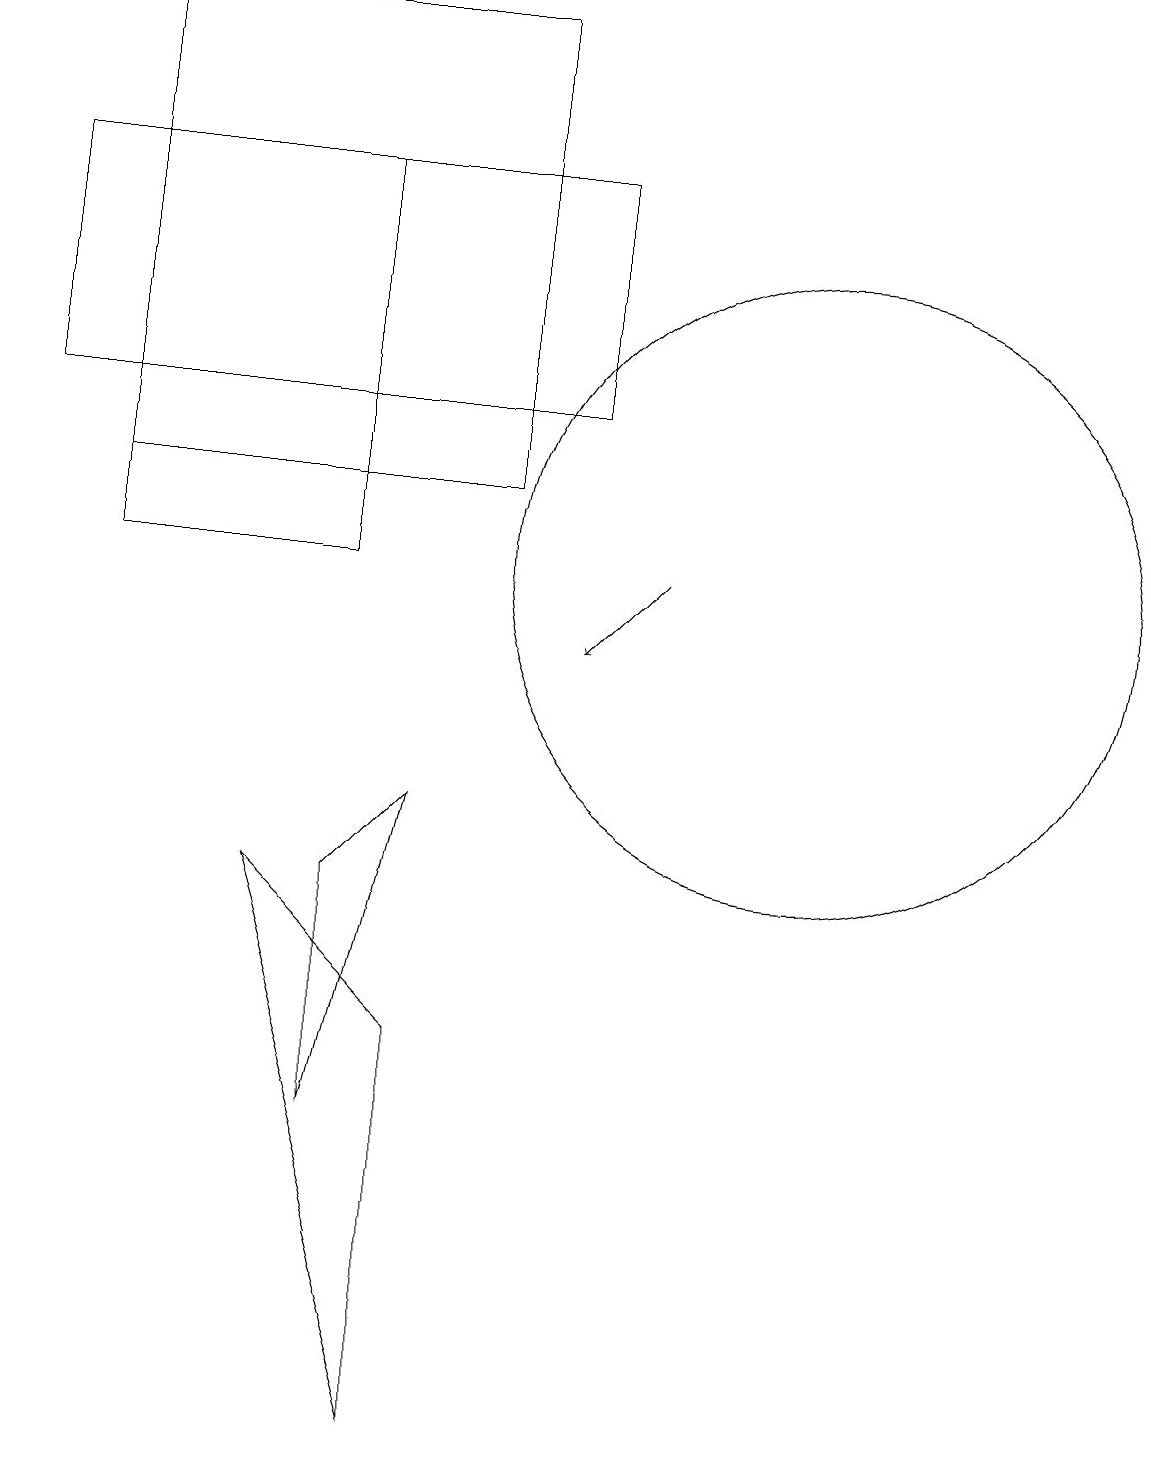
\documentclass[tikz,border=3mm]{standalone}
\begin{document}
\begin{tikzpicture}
\draw (6,8) -- (5,7) -- (5,4) -- cycle;
\draw (2,16) rectangle (2,15);
\draw (2,18) rectangle (7,12);
\draw (8,16) rectangle (1,13);
\draw (5,11) rectangle (2,16);
\draw[->] (9,11) -- (8,10);
\draw (6,0) -- (4,7) -- (6,5) -- cycle;
\draw (11,11) circle (4);
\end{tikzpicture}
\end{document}